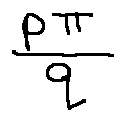
\frac { p \pi } { q }